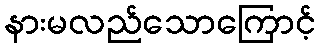
နားမလည်သောကြောင့်